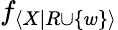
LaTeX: f_{\langle X|R\cup\{ w\} \rangle}